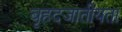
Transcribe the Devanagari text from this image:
बृहदजातीयता